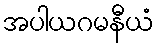
အပါယဂမနီယံ